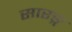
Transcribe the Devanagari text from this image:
सारङ्ग